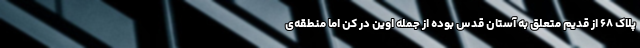
پلاک ۶۸ از قدیم متعلق به آستان قدس بوده از جمله اوین در کن اما منطقه‌ی